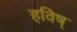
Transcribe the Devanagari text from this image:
हविष्